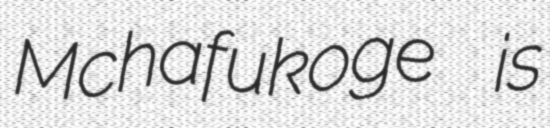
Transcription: Mchafukoge is